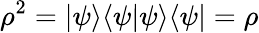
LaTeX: \rho^{2}=|\psi\rangle\langle\psi|\psi\rangle\langle\psi|=\rho